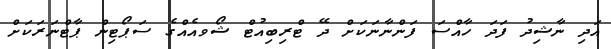
އަދި ނާޝިދު ފަދަ ހާއްސަ ފަންނާނަކަށް ދޭ ޓްރިބިއުޓް ޝޯވއެއްގެ ސަޕޯޓިން ޕާޓްނަރަކަށް